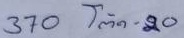
370 = โต๊ด - 20